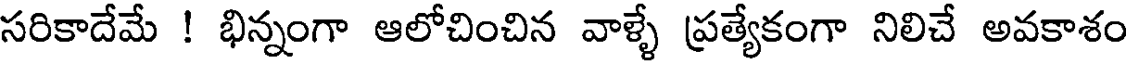
సరికాదేమే ! భిన్నంగా ఆలోచించిన వాళ్ళే ప్రత్యేకంగా నిలిచే అవకాశం